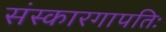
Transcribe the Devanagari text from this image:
संस्कारगापतिः